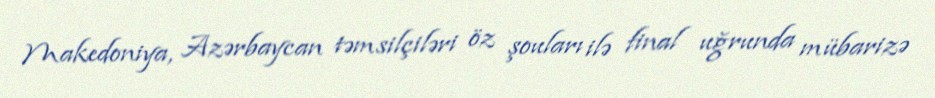
Makedoniya, Azərbaycan təmsilçiləri öz şouları ilə final uğrunda mübarizə